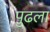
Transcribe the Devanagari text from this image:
पुढला